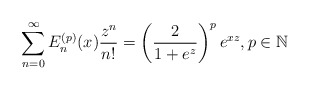
\begin{align*}\sum_{n=0}^{\infty} E_{n}^{(p)}(x) \frac{z^{n}}{n!} = \left( \frac{2}{1+ e^{z} } \right)^{p} e^{xz}, p \in \mathbb{N}\end{align*}